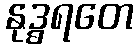
နုဒ္ဓရတေ